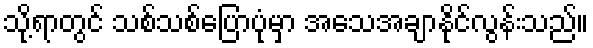
သို့ရာတွင် သစ်သစ်ပြောပုံမှာ အသေအချာနိုင်လွန်းသည်။